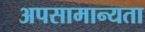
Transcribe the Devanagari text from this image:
अपसामान्यता